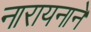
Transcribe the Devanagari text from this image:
नारायनाने